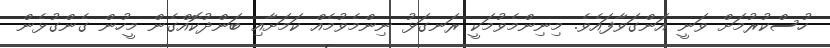
ހުސްކުރުމަށް ވަނީ އަންގަވާފައެވެ. މިނިންމެވުމަކީ ރަނގަޅު ނިންމެވުމެއް ކަމަށާއި ބަންދުކޮއްގެން މީހުން ގެންގުޅެން